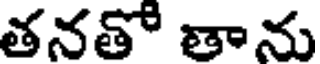
తనతో తాను